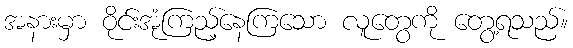
အနားမှာ ဝိုင်းအုံကြည့်နေကြသော လူတွေကို တွေ့ရသည်။